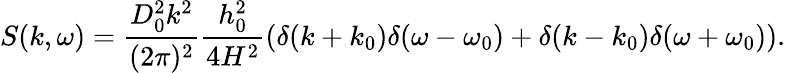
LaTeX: S(k,\omega)=\frac{D_{0}^{2}k^{2}}{(2\pi)^{2}}\frac{h_{0}^{2}}{4H^{2}}\left(\delta(k+k_{0})\delta(\omega-\omega_{0})+\delta(k-k_{0})\delta(\omega+\omega_{0})\right).